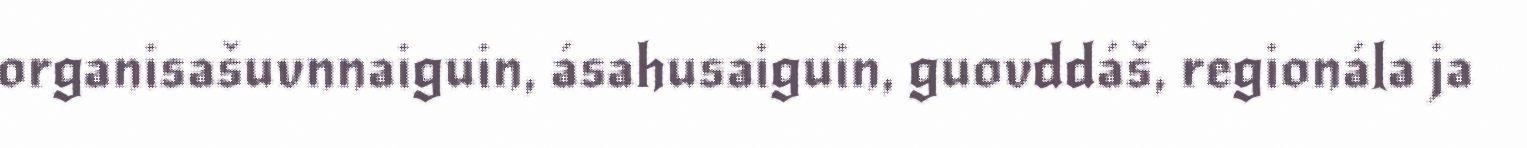
organisašuvnnaiguin, ásahusaiguin, guovddáš, regionála ja